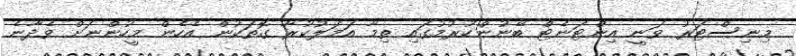
މިނިސްޓަރު ވަނީ އިންޓަނެޓް ބޭނުންކުރުމުގައި ތިމާ އަމަލުކުރާ ގޮތަކުން އެހެން މީހުންނަށް ވެދާނެ